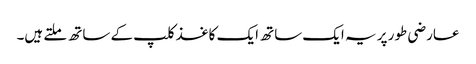
عارضی طور پر یہ ایک ساتھ ایک کاغذ کلپ کے ساتھ ملتے ہیں۔